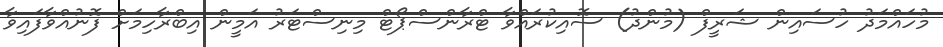
މުހައްމަދު ހުސައިން ޝަރީފް (މުންދު) ސޮއިކުރައްވާ ޓްރާންސްޕޯޓް މިނިސްޓަރު އަމީން އިބްރާހިމަށް ފޮނުއްވާފައިވާ